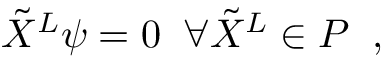
\tilde { X } ^ { L } \psi = 0 \; \; \forall \tilde { X } ^ { L } \in { \cal P } \; \; ,